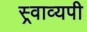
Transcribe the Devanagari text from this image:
स्र्वाव्यपी